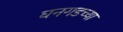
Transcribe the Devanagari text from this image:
घनगडच्या